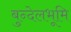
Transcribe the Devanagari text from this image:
बुन्देलभूमि